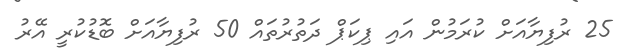
25 ރުފިޔާއަށް ކުރަމުން އައި ޕިކަޕް ދަތުރުތައް 50 ރުފިޔާއަށް ބޮޑުކުރީ އޭރު